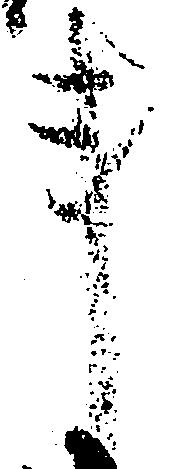
事